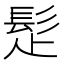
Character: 𩬄